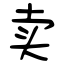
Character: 卖